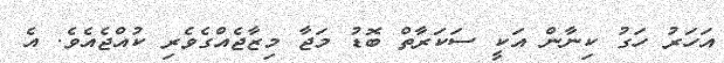
އަހަރު ހަގު ކިނާން އަކީ ސަކަރާތް ބޮޑު މަޖާ މިޒާޖެއްގެވެރި ކުއްޖެއެވެ. އެ